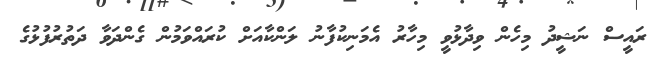
ރައީސް ނަޝީދު މިހެން ވިދާޅުވީ މިހާރު އެމަނިކުފާނު ލަންކާއަށް ކުރައްވަމުން ގެންދަވާ ދަތުރުފުޅުގެ